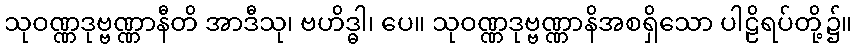
သုဝဏ္ဏဒုဗ္ဗဏ္ဏာနီတိ အာဒီသု၊ ဗဟိဒ္ဓါ၊ ပေ။ သုဝဏ္ဏဒုဗ္ဗဏ္ဏာနိအစရှိသော ပါဠိရပ်တို့၌။